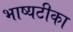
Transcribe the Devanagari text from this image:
भाष्यटीका